Annual administration report of the Civil Veterinary Department of India - 1898-1899
Year: 1898
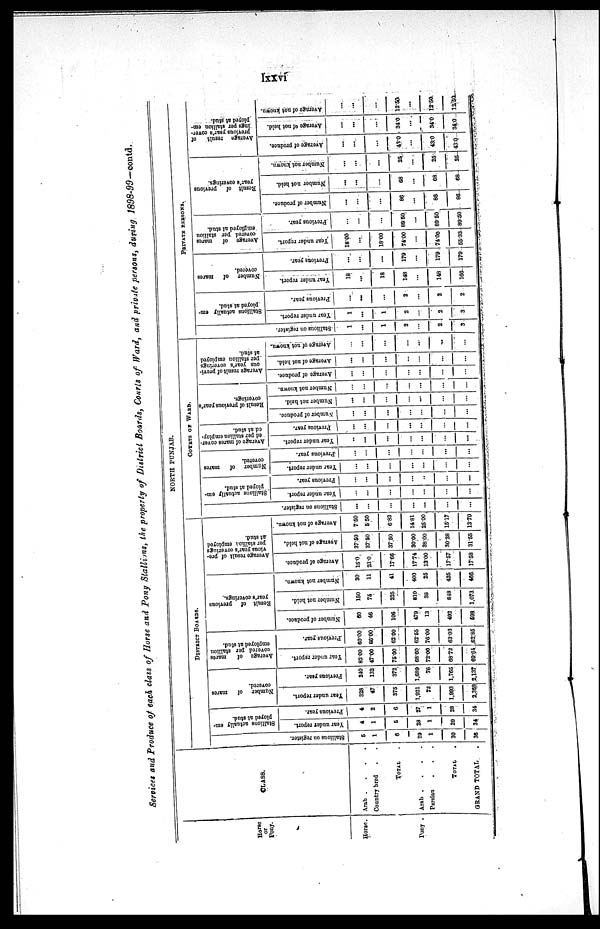
lxxvi
Services and Produce of each class of Horse and Pony Stallions, the property of District Boards, Courts of Ward, and private persons, during 1898-99—contd.
Horse
or
Pony.
Horse.
Pony .
CLASS.
Arab .
.
.
.
Country bred . .
TOTAL .
Arab .
.
.
.
Persian . . .
TOTAL
.
GRAND TOTAL
.
NORTH PUNJAB.
DISTRICT BOARDS.
Stallions
on register.
5
1
6
29
1
30
36
Stallions actually em-
ployed at stud.
Year under report.
4
1
5
28
1
29
34
Previous year.
4
2
6
27
1
28
34
Number of mares
covered.
Year
under report.
328
47
375
1,921
72
1,993
2,388
Previous year.
240
132
372
1,689
76
1,765
2,137
Average of
mares
covered
per stallion
employed at stud.
Year under report.
82.00
47.00
75.00
68.60
72.00
68.72
69.64
Previous year.
60.00
66.00
62.00
62.55
76.00
63.03
62.85
Result of previous
year's coverings.
Number of produce.
60
46
106
479
13
492
598
Number not hold.
150
75
225
810
38
848
1,073
Number not known.
30
11
41
400
25
425
466
Average result of pre-
vious year's coverings
per stallion employed
at stud.
Average of produce.
15.0
23.0
17.66
17.74
13.00
17.57
17.58
Average of not held.
37.60
37.50
37.50
30.00
38.00
30.28
31.55
Average of not known.
7.50
5.50
6.83
14.81
25.00
15.17
13.70
COURTS OF WARD.
Stallions on register.
...
...
...
...
...
...
...
Stallions actually em-
ployed at stud.
Year under report.
...
...
...
...
...
...
...
Previous year.
...
...
...
...
...
...
...
Number of
mares
covered.
Year under report.
...
...
...
...
...
...
...
Previous year.
...
...
...
...
...
...
...
Average
of mares cover-
ed per stallion employ-
ed at stud.
Year under report.
...
...
...
...
...
...
...
Previous year.
...
...
...
...
...
...
...
Result
of previous year's
coverings.
Number of produce.
...
...
...
...
...
...
...
Number not held.
...
...
...
...
...
...
...
Number not known.
...
...
...
...
...
...
...
Average result of previ-
ous year's coverings
per stallion employed
at stud.
Average of produce.
...
...
...
...
...
...
...
Average of not held.
...
...
...
...
...
...
...
Average of not known.
...
...
...
...
...
...
...
PRIVATE PERSONS.
Stallions on register.
1
...
1
2
...
2
3
Stallions actually em-
ployed at stud.
Year under report.
1
...
1
2
...
2
3
Previous year.
...
...
...
2
...
2
2
Number of mares
covered.
Year under report.
18
...
18
148
...
148
166
Previous year.
...
...
...
179
...
179
179
Average of
mares
covered per stallion
employed
at stud.
Year under report.
18.00
...
18.00
74.00
...
74.00
55.33
Previous year.
...
...
89.50
...
89.50
89.50
Result of
previous
year's coverings.
Number of produce.
...
...
...
86
...
86
86
Number not held.
...
...
...
68
...
68
68
Number
not known,
...
...
25
...
25
25
Average
result of
previous year's cover-
ing
per stallion em-
ployed at stud.
Average of produce.
...
...
...
43.0
...
43.0
43.0
Average of not held.
...
...
...
34.0
...
34.0
34.0
Average of not known.
...
...
...
12.50
...
12.50
12.50